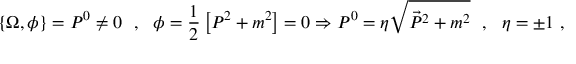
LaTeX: \{ \Omega , \phi \} = P ^ { 0 } \neq 0 \ \ , \ \ \phi = \frac { 1 } { 2 } \left[ P ^ { 2 } + m ^ { 2 } \right] = 0 \Rightarrow P ^ { 0 } = \eta \sqrt { \vec { P } ^ { 2 } + m ^ { 2 } } \ \ , \ \ \eta = \pm 1 \ ,